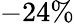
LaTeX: -24\%